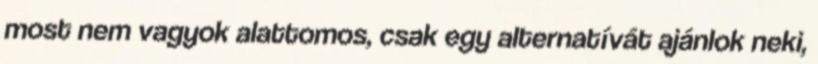
most nem vagyok alattomos, csak egy alternatívát ajánlok neki,